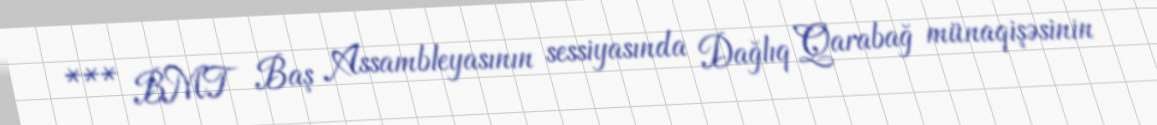
*** BMT Baş Assambleyasının sessiyasında Dağlıq Qarabağ münaqişəsinin